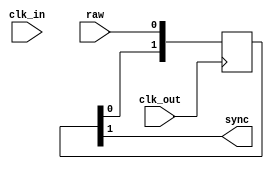
// This program was cloned from: https://github.com/atrac17/Toaplan2
// License: GNU General Public License v3.0

/*  This file is part of JT_FRAME.
    JTFRAME program is free software: you can redistribute it and/or modify
    it under the terms of the GNU General Public License as published by
    the Free Software Foundation, either version 3 of the License, or
    (at your option) any later version.

    JTFRAME program is distributed in the hope that it will be useful,
    but WITHOUT ANY WARRANTY; without even the implied warranty of
    MERCHANTABILITY or FITNESS FOR A PARTICULAR PURPOSE.  See the
    GNU General Public License for more details.

    You should have received a copy of the GNU General Public License
    along with JTFRAME.  If not, see <http://www.gnu.org/licenses/>.

    Author: Jose Tejada Gomez. Twitter: @topapate
    Version: 1.0
    Date: 6-9-2021 */

// Enable the LATCHIN parameter if the raw input comes
// from combinational logic

module jtframe_sync #(parameter W=1, LATCHIN=0)(
    input   clk_in,
    input   clk_out,
    input   [W-1:0] raw,
    output  [W-1:0] sync
);

reg  [W-1:0] latched;
wire [W-1:0] eff;

always @(posedge clk_in) latched <= raw;
assign eff = LATCHIN ? latched : raw;

generate
    genvar i;
    for( i=0; i<W; i=i+1 ) begin : synchronizer
        reg [1:0] s;
        assign sync[i] = s[1];

        always @(posedge clk_out) begin
            s <= { s[0], eff[i] };
        end
    end
endgenerate

endmodule